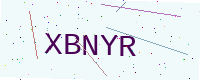
Text: XBNYR